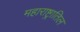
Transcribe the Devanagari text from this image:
महाराष्ट्रातिल